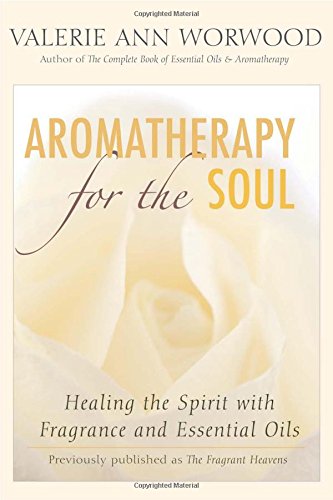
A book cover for Aromatherapy for the Soul: Healing the Spirit with Fragrance and Essential Oils; Valerie Ann Worwood; Health, Fitness & Dieting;